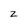
Character: z